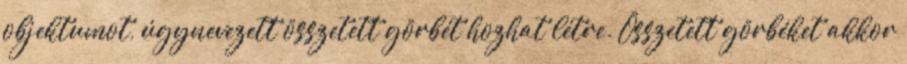
objektumot, úgynevezett összetett görbét hozhat létre. Összetett görbéket akkor